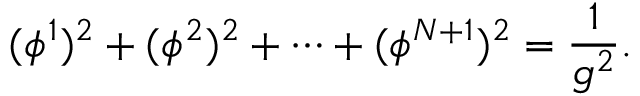
( \phi ^ { 1 } ) ^ { 2 } + ( \phi ^ { 2 } ) ^ { 2 } + \cdots + ( \phi ^ { N + 1 } ) ^ { 2 } = \frac { 1 } { g ^ { 2 } } .